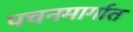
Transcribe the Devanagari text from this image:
पचनमार्गात